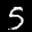
Label: 5